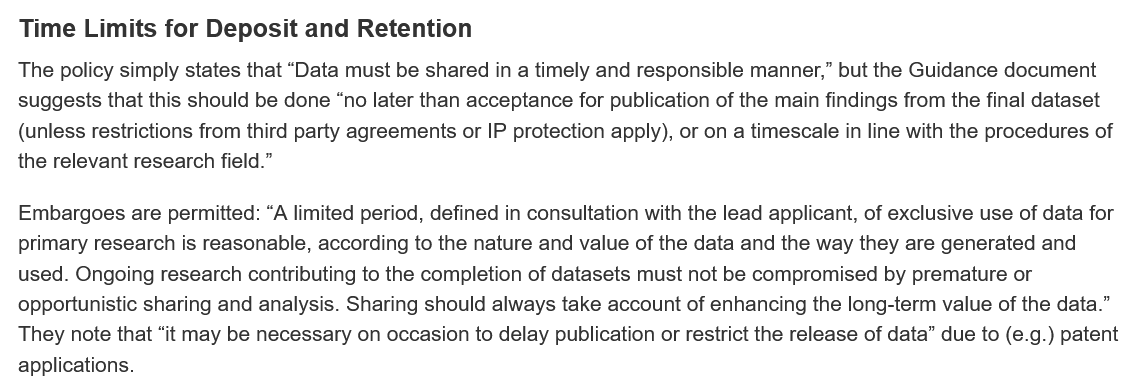
Time   Limits for Deposit  and  Retention
  Embargoes are permitted: “A limited period, defined in consultation with the lead applicant, of exclusive use of data for
  primary research is reasonable, according to the nature and value of the data and the way they are generated and
  used. Ongoing research contributing to the completion of datasets must not be compromised by premature or
  opportunistic sharing and analysis. Sharing should always take account of enhancing the long-term value of the data.”
  They note that “it may be necessary on occasion to delay publication or restrict the release of data” due to (e.g.) patent
  applications.
  The policy simply states that “Data must be shared in a timely and responsible manner,” but the Guidance document
  suggests that this should be done “no later than acceptance for publication of the main findings from the final dataset
  (unless restrictions from third party agreements or IP protection apply), or on a timescale in line with the procedures of
  the relevant research field.”